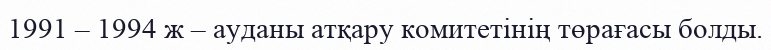
1991 – 1994 ж – ауданы атқару комитетінің төрағасы болды.